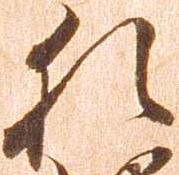
猶